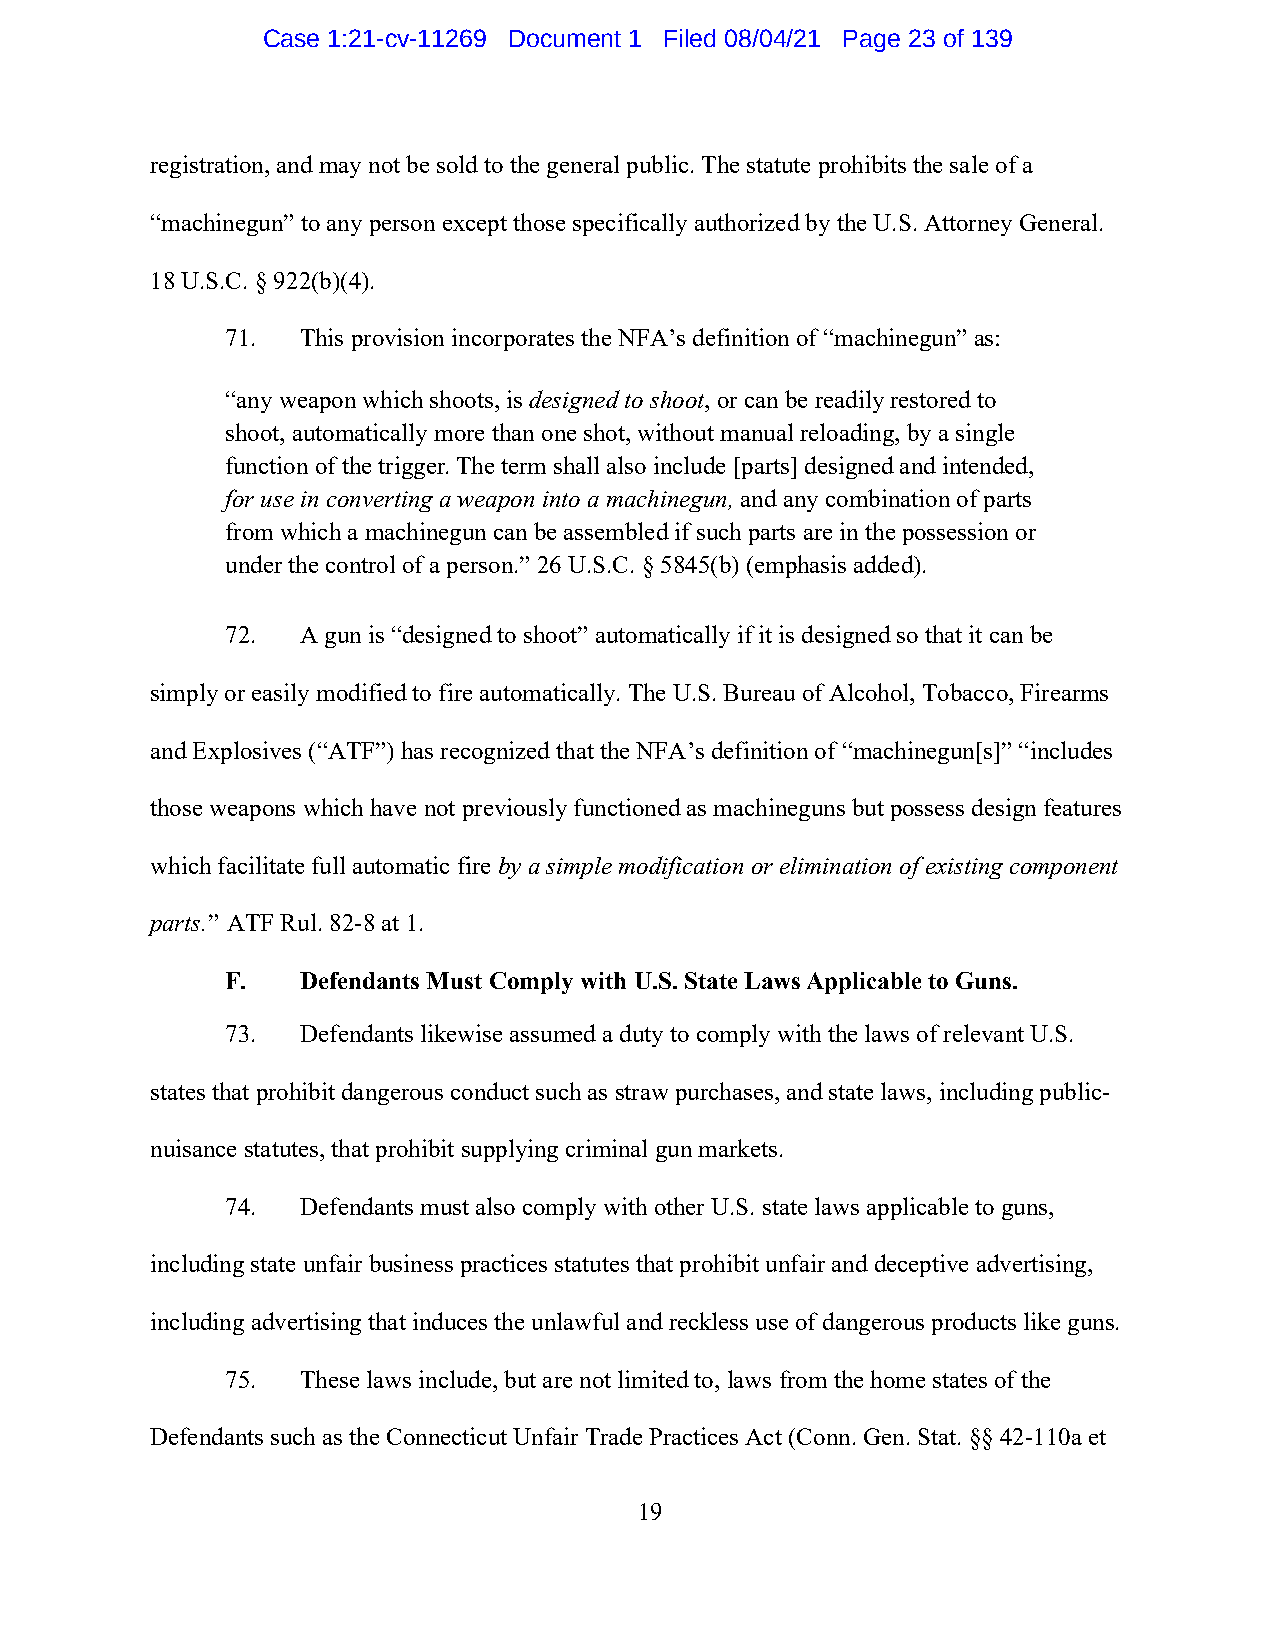
Case 1:21-cv-11269 Document 1 Filed 08/04/21 Page 23 of 139
 registration, and may not be sold to the general public. The statute prohibits the sale of a
 “machinegun” to any person except those specifically authorized by the U.S. Attorney General.
 18 U.S.C. § 922(b)(4).
 71.  This provision incorporates the NFA’s definition of “machinegun” as:
 “any weapon which shoots, is designed to shoot, or can be readily restored to
 shoot, automatically more than one shot, without manual reloading, by a single
 function of the trigger. The term shall also include [parts] designed and intended,
 for use in converting a weapon into a machinegun, and any combination of parts
 from which a machinegun can be assembled if such parts are in the possession or
 under the control of a person.” 26 U.S.C. § 5845(b) (emphasis added).
 72.  A gun is “designed to shoot” automatically if it is designed so that it can be
 simply or easily modified to fire automatically. The U.S. Bureau of Alcohol, Tobacco, Firearms
 and Explosives (“ATF”) has recognized that the NFA’s definition of “machinegun[s]” “includes
 those weapons which have not previously functioned as machineguns but possess design features
 which facilitate full automatic fire by a simple modification or elimination of existing component
 parts.” ATF Rul. 82-8 at 1.
 F.   Defendants Must Comply with U.S. State Laws Applicable to Guns.
 73.  Defendants likewise assumed a duty to comply with the laws of relevant U.S.
 states that prohibit dangerous conduct such as straw purchases, and state laws, including public-
 nuisance statutes, that prohibit supplying criminal gun markets.
 74.  Defendants must also comply with other U.S. state laws applicable to guns,
 including state unfair business practices statutes that prohibit unfair and deceptive advertising,
 including advertising that induces the unlawful and reckless use of dangerous products like guns.
 75.  These laws include, but are not limited to, laws from the home states of the
 Defendants such as the Connecticut Unfair Trade Practices Act (Conn. Gen. Stat. §§ 42-110a et
 19